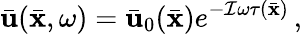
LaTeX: \bar{\mathbf u}(\bar{\mathbf x},\omega)=\bar{\mathbf u}_{0}(\bar{\mathbf x})e^{-{\cal I}\omega\tau(\bar{\mathbf x})}\, ,